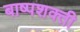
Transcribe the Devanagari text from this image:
बाष्पशक्ती